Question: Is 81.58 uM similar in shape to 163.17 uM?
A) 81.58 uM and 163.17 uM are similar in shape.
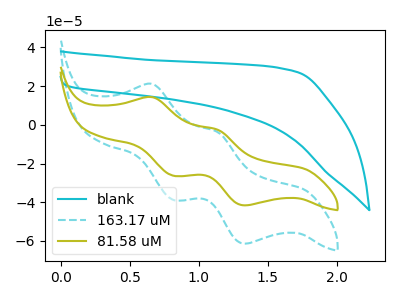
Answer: <think>The cyan curve "blank" has no peaks. The cyan dashed curve "163.17 uM" has anodic peaks at (0.65V, 21.10uA) (1.15V, -3.65uA) and cathodic peaks at (0.80V, -38.85uA) (1.35V, -61.40uA). The olive curve "81.58 uM" has anodic peaks at (0.65V, 14.30uA) (1.15V, -2.50uA) and cathodic peaks at (0.80V, -26.35uA) (1.35V, -41.60uA).
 All the peaks in "81.58 uM" have a peak in "163.17 uM" at the same potential.</think>
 <answer>A) "81.58 uM" and "163.17 uM" are similar in shape.</answer>
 <eval>A</eval>